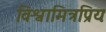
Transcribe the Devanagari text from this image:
विश्वामित्रप्रियः